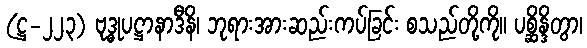
(ဋ္ဌ-၂၂၃) ဗုဒ္ဓုပဋ္ဌာနာဒီနိ၊ ဘုရားအားဆည်းကပ်ခြင်း စသည်တို့ကို။ ပစ္ဆိန္ဒိတွာ၊